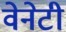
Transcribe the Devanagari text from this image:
वेनेटी